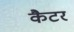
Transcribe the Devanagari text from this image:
कैटर